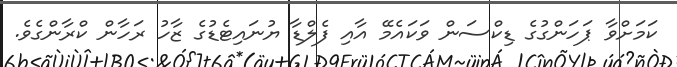
ކަމަށްވާ ޕަހަންގުގެ ޑިކްސަން ވަކައެމޭ އާއި ފެލްޑާ ޔުނައިޓެޑުގެ ޒާހު ރަހާން ކްރާންގެވެ.